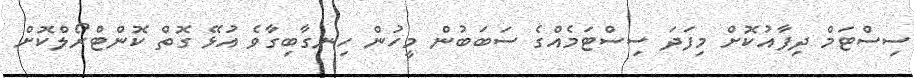
ސިސްޓަމް ދިފާއުކޮށް މިފަދަ ސިސްޓަމެއްގެ ސަބަބުން މީހުން ހިނގާބިގާވެ އުޅޭ ގޮތް ކޮންޓްރޯލްކޮށް